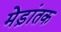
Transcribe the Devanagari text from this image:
मेड़ांतक